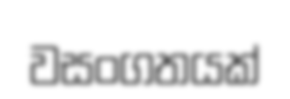
වසංගතයක්